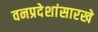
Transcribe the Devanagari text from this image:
वनप्रदेशांसारखे